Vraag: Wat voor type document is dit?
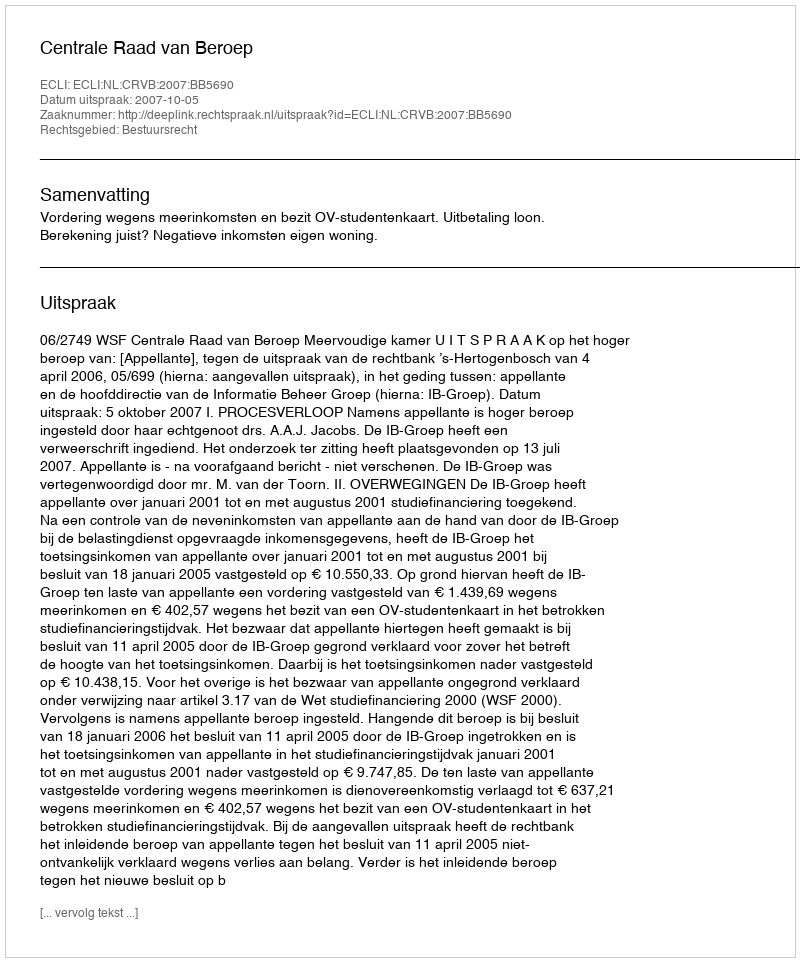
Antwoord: Uitspraak